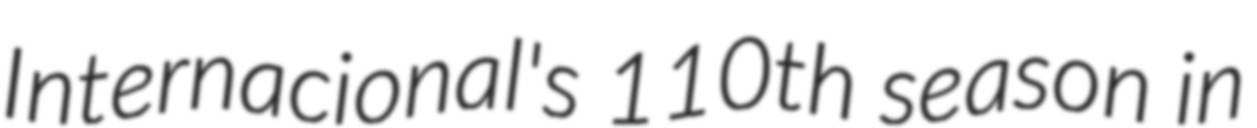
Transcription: Internacional's 110th season in